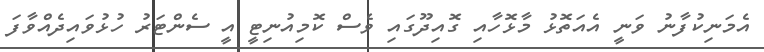
އެމަނިކުފާނު ވަނީ އެއަތޮޅު މާޅޮހާއި ގޮއިދޫގައި ވެސް ކޮމިއުނިޓީ އީ ސެންޓަރު ހުޅުވައިދެއްވާފަ